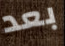
بعد